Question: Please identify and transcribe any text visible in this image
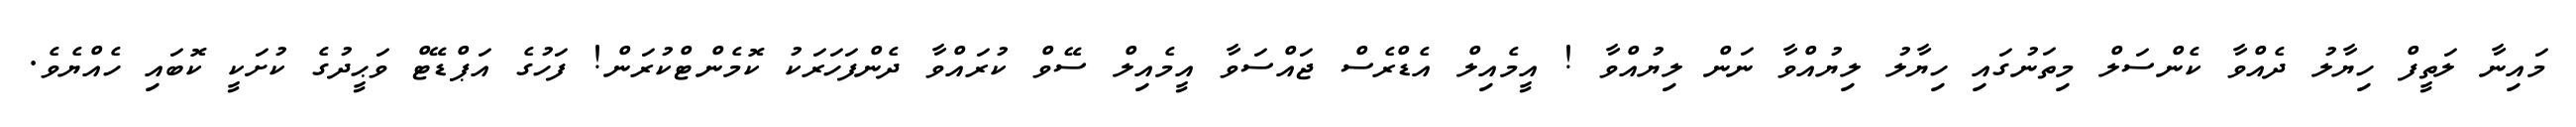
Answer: މައިނާ ލަތީފް ހިޔާލު ދެއްވާ ކެންސަލް މިތަނުގައި ހިޔާލު ލިޔުއްވާ ނަން ލިޔުއްވާ ! އީމެއިލް އެޑްރެސް ޖައްސަވާ އީމެއިލް ސޭވް ކުރައްވާ ދެންފަހަރަކު ކޮމެންޓްކުރަން! ފަހުގެ އަޕްޑޭޓް ވަޙީދުގެ ކުށަކީ ކޮބައި ހެއްޔެވެ.